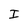
Character: I